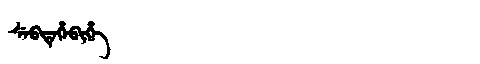
Manchu: ᠰᡝᠪᡨᡝᡥᡝᠪᡳᡥᡝ
Romanization: SEBTEHEBIHE